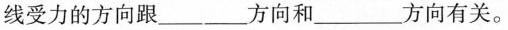
线受力的方向跟________方向和______方向有关。